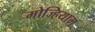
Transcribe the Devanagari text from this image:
मोज्हियाम